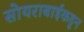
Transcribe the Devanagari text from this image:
सोयराबाईकडून